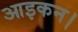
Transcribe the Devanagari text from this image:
आइकन।